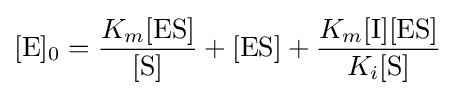
[{\ce {E}}]_{0}={\frac {K_{m}[{\mathrm {ES} }]}{[\mathrm {S} ]}}+[{\mathrm {ES} }]+{\frac {K_{m}[{\ce {I}}][{\mathrm {ES} }]}{K_{i}[{\ce {S}}]}}